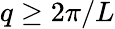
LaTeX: q\geq 2\pi/L